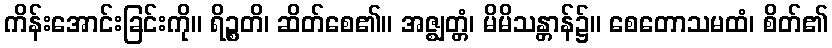
ကိန်းအောင်းခြင်းကို။ ရိဉ္စတိ၊ ဆိတ်စေ၏။ အဇ္ဈတ္တံ၊ မိမိသန္တာန်၌။ စေတောသမထံ၊ စိတ်၏